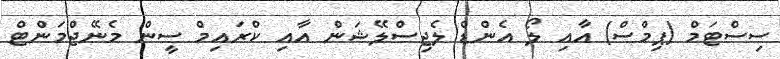
ސިސްޓަމް (ޕިމްސް) އާއި ލޯ އެންޑް ލެޖިސްލޭޝަން އާއި ކްރައިމް ސީން މެނޭޖްމަންޓް